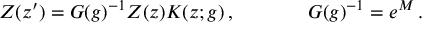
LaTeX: \begin{array} { c c } { { Z ( z ^ { \prime } ) = G ( g ) ^ { - 1 } Z ( z ) K ( z ; g ) \, , ~ ~ ~ ~ } } & { { ~ ~ ~ ~ G ( g ) ^ { - 1 } = e ^ { M } \, . } } \end{array}